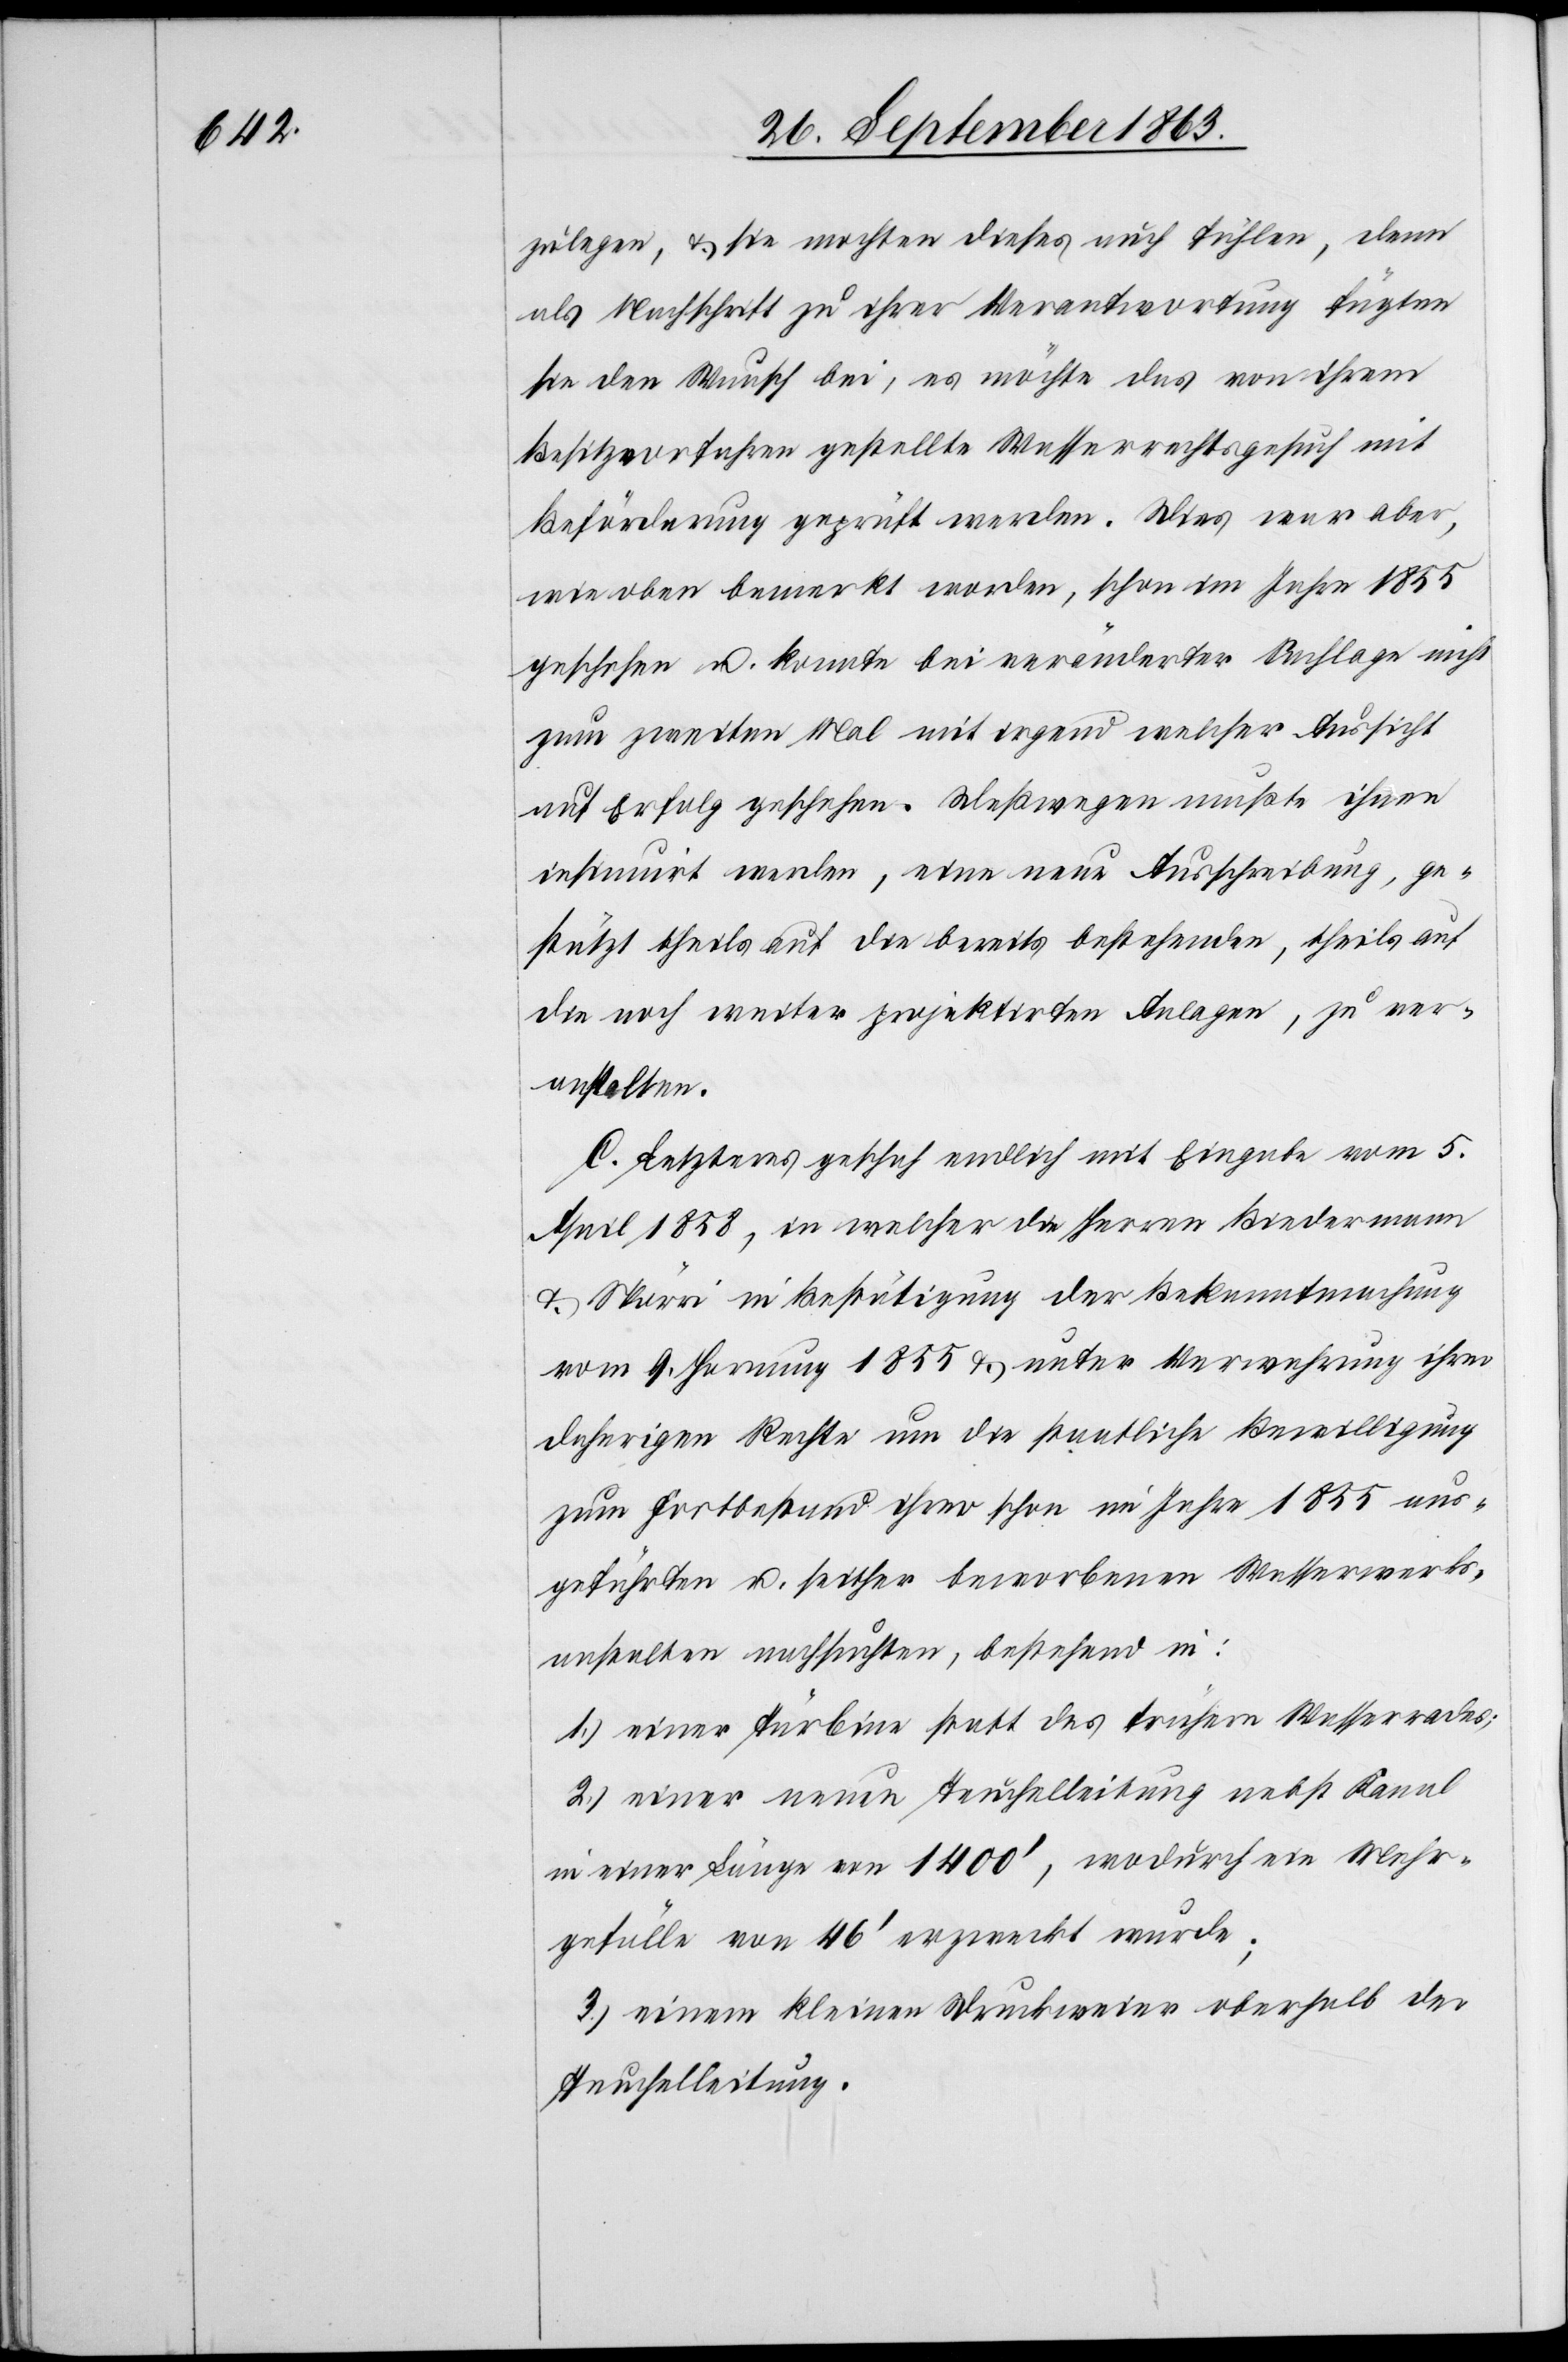
zulegen, & sie mochten dieses auch fühlen, denn
als Nachschrift zu ihrer Verantwortung fügten
sie den Wunsch bei, es möchte das von ihrem
Besitzvorfahren gestellte Wasserrechtsgesuch mit
Beförderung geprüft werden. Dies war aber,
wie oben bemerkt worden, schon im Jahre 1855
geschehen u. konnte bei veränderter Sachlage nicht
zum zweiten Mal mit irgend welcher Aussicht
auf Erfolg geschehen. Deßwegen mußte ihnen
insinuirt werden, eine neue Ausschreibung, ge¬
stützt theils auf die bereits bestehenden, theils auf
die noch weiter projektirten Anlagen, zu ver¬
anstalten.
C. Letzteres geschah endlich mit Eingabe vom 5.
April 1858, in welcher die Herren Biedermann
& Spörri in Bestätigung der Bekanntmachung
vom 9. Hornung 1855 & unter Verwahrung ihrer
daherigen Rechte um die staatliche Bewilligung
zum Fortbestand ihrer schon im Jahre 1855 aus¬
geführten u. seither beworbenen Wasserwerks¬
anstalten nachsuchten, bestehend in:
1.) einer Türbine statt des frühern Wasserrades;
2.) einer neuen Teuchelleitung nebst Kanal
in einer Länge von 1400', wodurch ein Mehr¬
gefälle von 46' erzweckt wurde;
3.) einen kleinen Druckweier oberhalb der
Teuchelleitung.